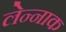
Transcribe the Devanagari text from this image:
लेन्नाक